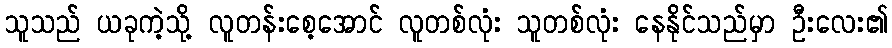
သူသည် ယခုကဲ့သို့ လူတန်းစေ့အောင် လူတစ်လုံး သူတစ်လုံး နေနိုင်သည်မှာ ဦးလေး၏